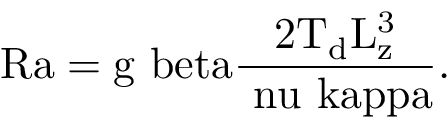
\mathrm { { R a } = g \ b e t a \frac { 2 T _ { d } L _ { z } ^ { 3 } } { \ n u \ k a p p a } . }